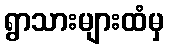
ရွာသားများထံမှ